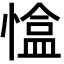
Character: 𢠏